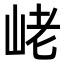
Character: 峔